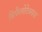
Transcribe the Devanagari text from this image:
सिफैलोटेक्सस